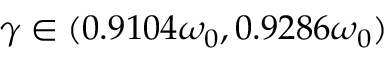
\gamma \in ( 0 . 9 1 0 4 \omega _ { 0 } , 0 . 9 2 8 6 \omega _ { 0 } )